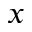
x